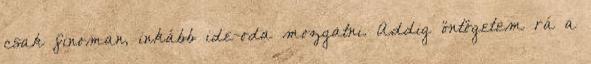
csak finoman, inkább ide-oda mozgatni. Addig öntögetem rá a